Annual administration report of the Civil Veterinary Department of India - 1908-1909
Year: 1908
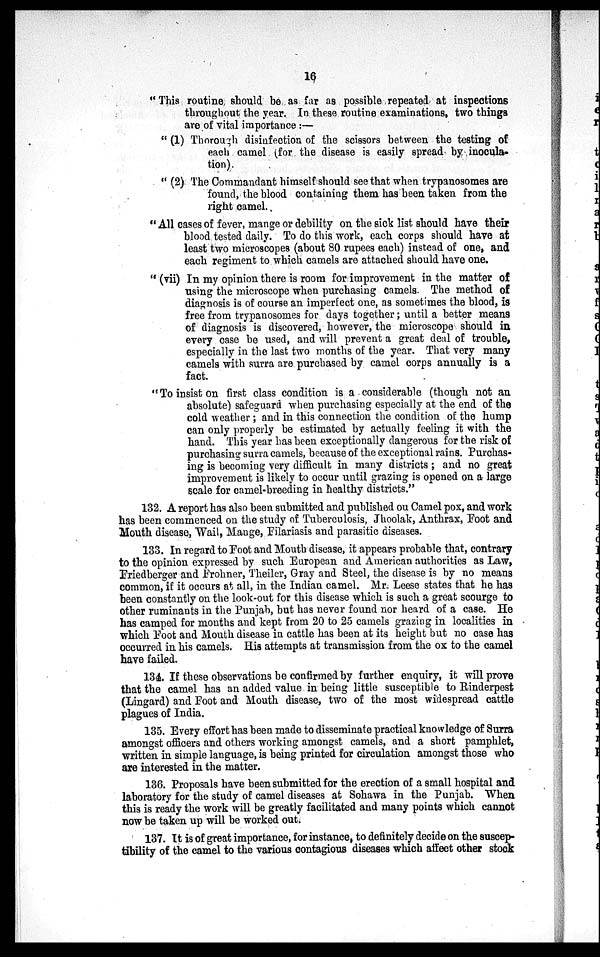
16
"This routine should be as far as possible repeated at inspections
throughout the year. In these routine examinations, two things
are of vital importance:—
"(1) Thorough disinfection of the scissors between the testing of
each camel (for the disease is easily spread by inocula-
tion).
"(2) The Commandant himself should see that when trypanosomes are
found, the blood containing them has been taken from the
right camel.
"All cases of fever, mange or debility on the sick list should have their
blood tested daily. To do this work, each corps should have at
least two microscopes (about 80 rupees each) instead of one, and
each regiment to which camels are attached should have one.
"(vii) In my opinion there is room for improvement in the matter of
using the microscope when purchasing camels. The method of
diagnosis is of course an imperfect one, as sometimes the blood, is
free from trypanosomes for days together; until a better means
of diagnosis is discovered, however, the microscope should in
every case be used, and will prevent a great deal of trouble,
especially in the last two months of the year. That very many
camels with surra are purchased by camel corps annually is a
fact.
"To insist on first class condition is a considerable (though not an
absolute) safeguard when purchasing especially at the end of the
cold weather; and in this connection the condition of the hump
can only properly be estimated by actually feeling it with the
hand. This year has been exceptionally dangerous for the risk of
purchasing surra camels, because of the exceptional rains. Purchas-
ing is becoming very difficult in many districts; and no great
improvement is likely to occur until grazing is opened on a large
scale for camel-breeding in healthy districts."
132. A report has also been submitted and published ou Camel pox, and work
has been commenced on the study of Tuberculosis, Jhoolak, Anthrax, Foot and
Mouth disease, Wail, Mange, Filariasis and parasitic diseases.
133. In regard to Foot and Mouth disease, it appears probable that, contrary
to the opinion expressed by such European and American authorities as Law,
Friedberger and Frohner, Theiler, Gray and Steel, the disease is by no means
common, if it occurs at all, in the Indian camel. Mr. Leese states that he has
been constantly on the look-out for this disease which is such a great scourge to
other ruminants in the Punjab, but has never found nor heard of a case. He
has camped for months and kept from 20 to 25 camels grazing in localities in
which Foot and Mouth disease in cattle has been at its height but no case has
occurred in his camels. His attempts at transmission from the ox to the camel
have failed.
134. If these observations be confirmed by further enquiry, it will prove
that the camel has an added value in being little susceptible to Rinderpest
(Lingard) and Foot and Mouth disease, two of the most widespread cattle
plagues of India.
135. Every effort has been made to disseminate practical knowledge of Surra
amongst officers and others working amongst camels, and a short pamphlet,
written in simple language, is being printed for circulation amongst those who
are interested in the matter.
136. Proposals have been submitted for the erection of a small hospital and
laboratory for the study of camel diseases at Sohawa in the Punjab. When
this is ready the work will be greatly facilitated and many points which cannot
now be taken up will be worked out.
137. It is of great importance, for instance, to definitely decide on the suscep-
tibility of the camel to the various contagious diseases which affect other stock